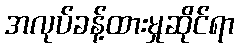
အလုပ်ခန့်ထားမှုဆိုင်ရာ